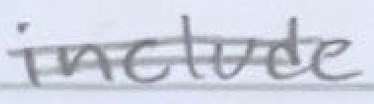
Text: include
Cross-out: double-line
Writing tool: pencil